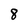
Character: 8